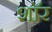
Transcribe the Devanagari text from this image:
शाॅर